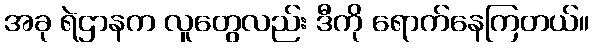
အခု ရဲဌာနက လူတွေလည်း ဒီကို ရောက်နေကြတယ်။